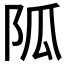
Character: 𨸯